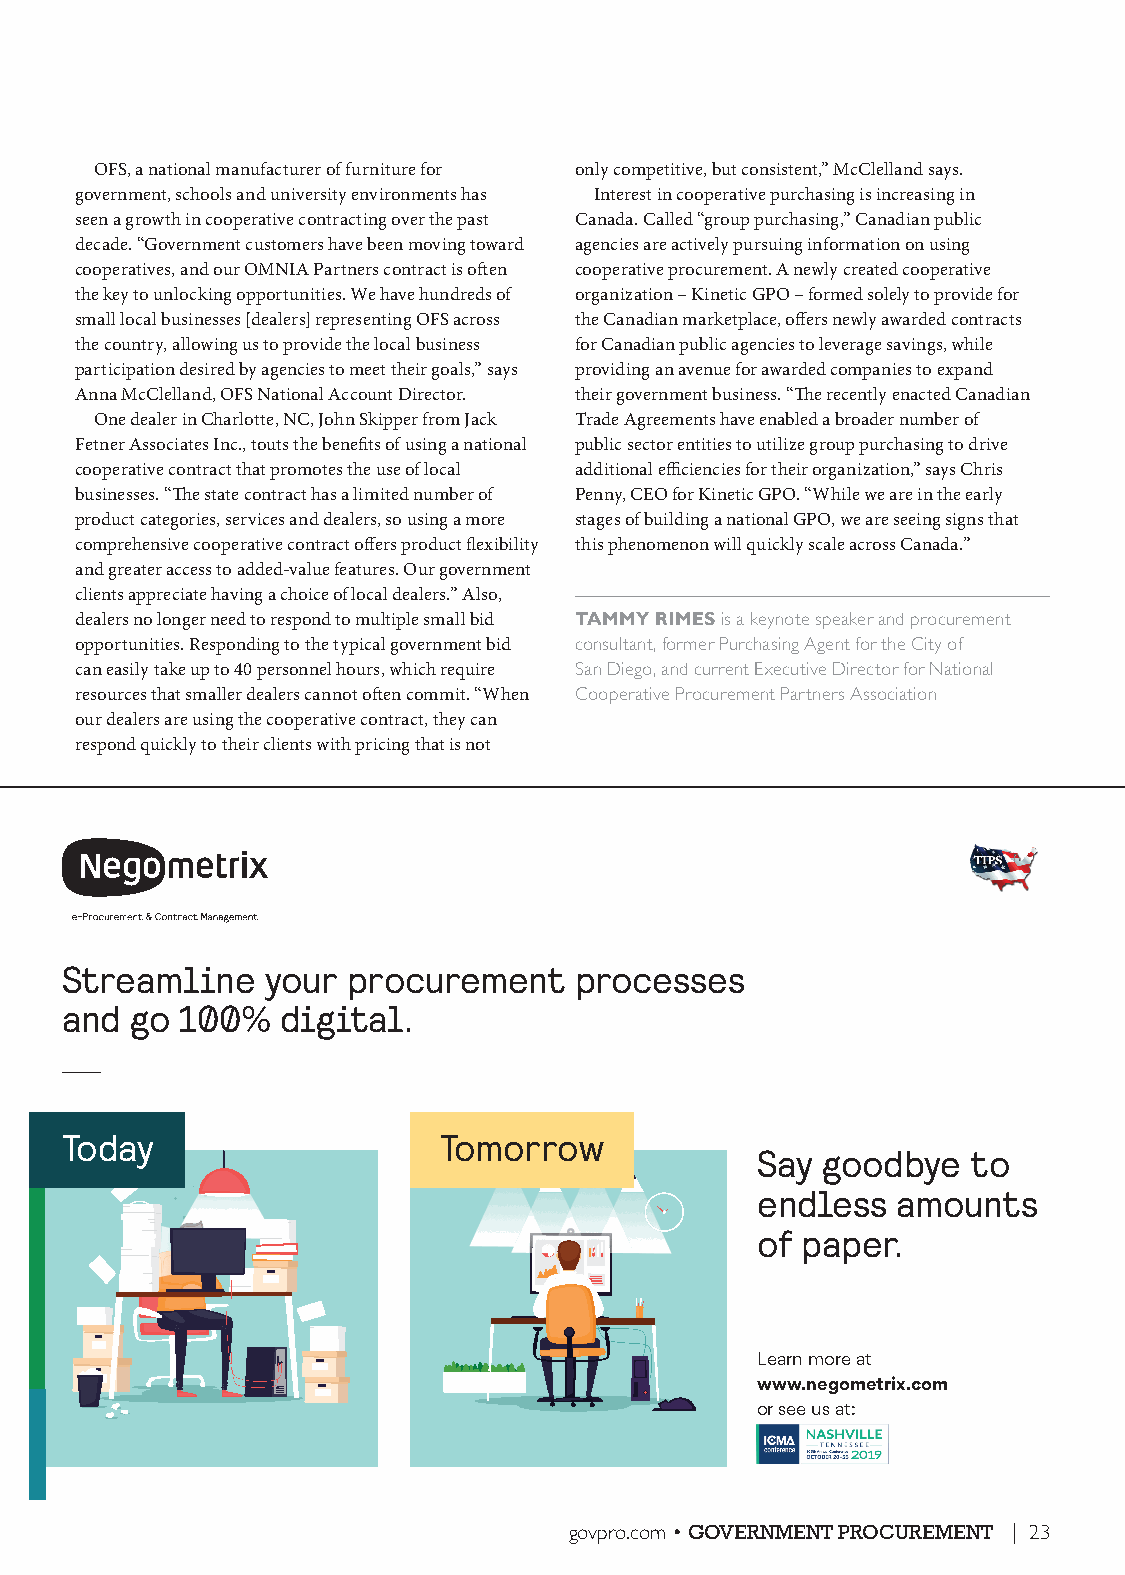
OFS, a national manufacturer of furniture for only competitive, but consistent,” McClelland says.
 government, schools and university environments has Interest in cooperative purchasing is increasing in
 seen a growth in cooperative contracting over the past Canada. Called “group purchasing,” Canadian public
 decade. “Government customers have been moving toward agencies are actively pursuing information on using
 cooperatives, and our OMNIA Partners contract is often cooperative procurement. A newly created cooperative
 the key to unlocking opportunities. We have hundreds of organization – Kinetic GPO – formed solely to provide for
 small local businesses [dealers] representing OFS across the Canadian marketplace, offers newly awarded contracts
 the country, allowing us to provide the local business for Canadian public agencies to leverage savings, while
 participation desired by agencies to meet their goals,” says providing an avenue for awarded companies to expand
 Anna McClelland, OFS National Account Director. their government business. “The recently enacted Canadian
 One dealer in Charlotte, NC, John Skipper from Jack Trade Agreements have enabled a broader number of
 Fetner Associates Inc., touts the benefits of using a national public sector entities to utilize group purchasing to drive
 cooperative contract that promotes the use of local additional efficiencies for their organization,” says Chris
 businesses. “The state contract has a limited number of Penny, CEO for Kinetic GPO. “While we are in the early
 product categories, services and dealers, so using a more stages of building a national GPO, we are seeing signs that
 comprehensive cooperative contract offers product flexibility this phenomenon will quickly scale across Canada.”
 and greater access to added-value features. Our government
 clients appreciate having a choice of local dealers.” Also,
 dealers no longer need to respond to multiple small bid TAMMY RIMES is a keynote speaker and procurement
 opportunities. Responding to the typical government bid consultant, former Purchasing Agent for the City of
 can easily take up to 40 personnel hours, which require San Diego, and current Executive Director for National
 resources that smaller dealers cannot often commit. “When Cooperative Procurement Partners Association
 our dealers are using the cooperative contract, they can
 respond quickly to their clients with pricing that is not
 Streamline    your procurement    processes
 and  go 100%   digital.
 Today                    Tomorrow
 Say goodbye   to
 endless  amounts
 of paper.
 Learn more at
 www.negometrix.com
 or see us at:
 govpro.com • GOVERNMENT PROCUREMENT | 23